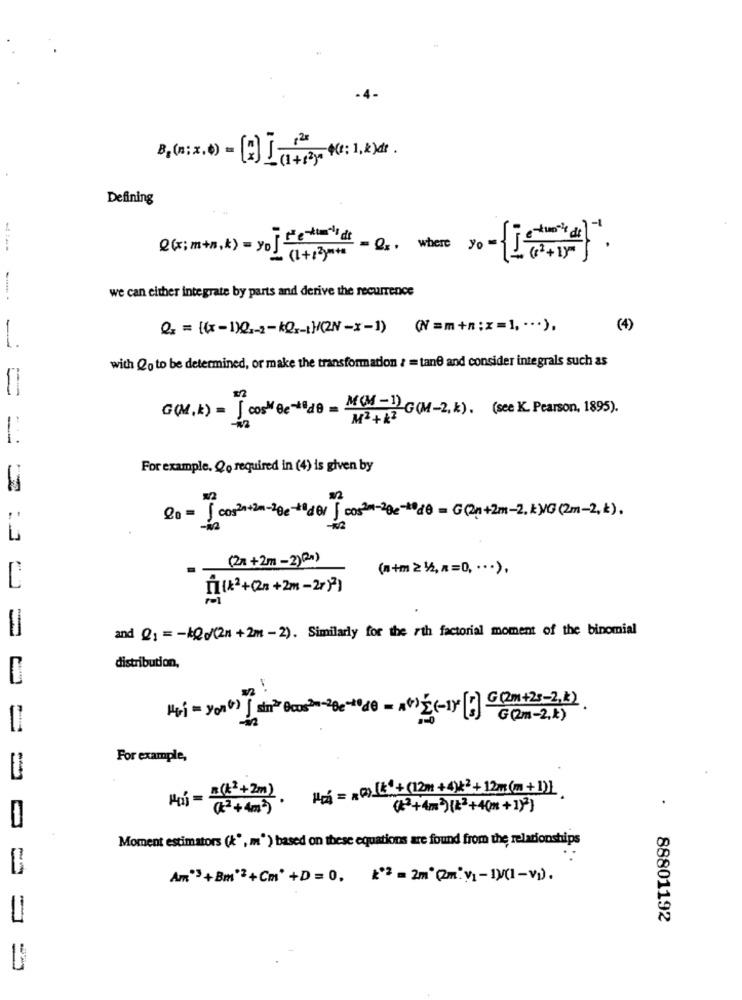
B.(a:x.0) - [2] [ (1+13)
120 (1:1, k) de .
Defining
Q(x;m+h,k) = yofeldt
(1+got =Qs, where yo - ['(2+1)}
we can either integrate by parts and derive the recurrence
Q: = {(x -1)Q .- 2-kQ-{}/(2-x-1) (N=m+n;x=1 ,... ),
( 4)
with (. to be determined, or make the transformation : = tane and consider integrals such as
G(M.k) = J cos"Be-de - MM -12G(M-2, k). (see K. Pearson, 1895).
For example, Qo required in (4) is given by
Q= = { cos2+21-20 +8de/] cos2-200 -** &B = G(2n+2m-2. k)G (2m-2,k),
(21+2m -2)(Rm)
(1 +m 2 1/2, x=0, ... ) ,
[(x2 +(23 + 2m - 21 ) ? )
and Q1 =- 0/(2+2m-2). Similarly for the rth factorial moment of the binomial
distribution,
========
Hri =you(+) | dana Boost-20+d = ) (-1)[F]G(Rm+25-2,k)
in
=
For example,
Hui = = (*+2m). Hpg = x*)(*+(12m+4)2 + 12m(m+1)
(+3+4m3)(x2+40m+1)3)
Moment estimators (k", m') based on these equations are found from the relationships
Am"3+Bm'2+Cm' +D =0, ** 2 = 2m'(2m"y1 -1)(1-V)).
88801192
=